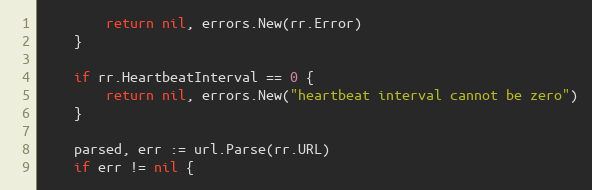
Language: Go
		return nil, errors.New(rr.Error)
	}

	if rr.HeartbeatInterval == 0 {
		return nil, errors.New("heartbeat interval cannot be zero")
	}

	parsed, err := url.Parse(rr.URL)
	if err != nil {